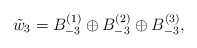
\begin{align*}\tilde{w}_3= B_{-3}^{(1)} \oplus B_{-3}^{(2)}\oplus B_{-3}^{(3)},\end{align*}